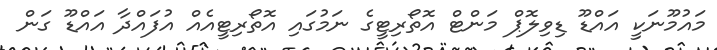
މައުމޫނަކީ އައްޑޫ ޑިވިލޮޕް މަންޓް އޮތޯރިޓީގެ ނަމުގައި އޮތޯރިޓީއެއް އުފައްދާ އައްޑޫ ގަން